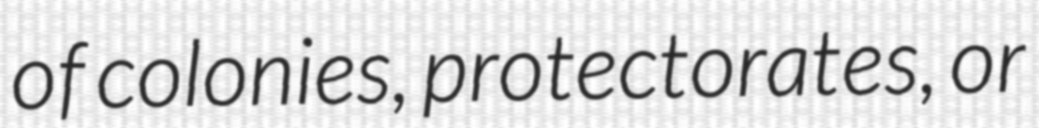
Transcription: of colonies, protectorates, or